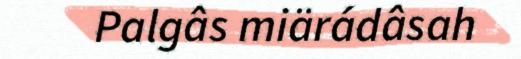
Palgâs miärádâsah